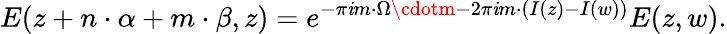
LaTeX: E(z+{n}\cdot{\alpha}+{m}\cdot{\beta},z)=e^{-\pi\mathit{i}m\cdot\Omega\cdotm-2\pi\mathit{i}m\cdot\left(I(z)-I(w)\right)}E(z,w).